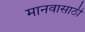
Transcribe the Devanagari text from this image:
मानवासाठी